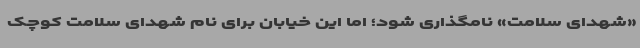
«شهدای سلامت» نامگذاری شود؛ اما این خیابان برای نام شهدای سلامت کوچک